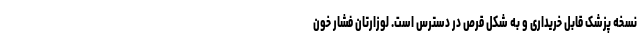
نسخه پزشک قابل خریداری و به شکل قرص در دسترس است. لوزارتان فشار خون